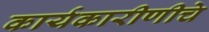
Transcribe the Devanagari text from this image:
कार्यकारीणीचे